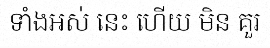
ទាំងអស់ នេះ ហើយ មិន គួរ